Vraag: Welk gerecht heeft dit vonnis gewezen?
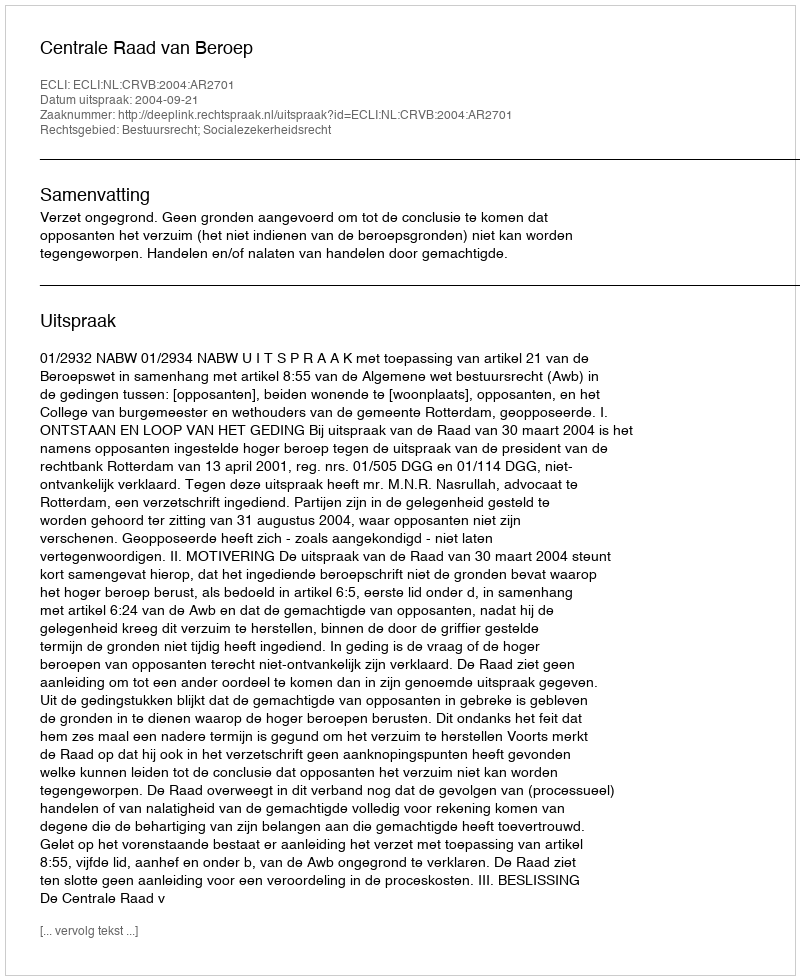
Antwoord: Centrale Raad van Beroep